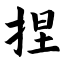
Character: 捏